Report on vaccination in the Province of Bengal - 1869-1873
Year: 1869
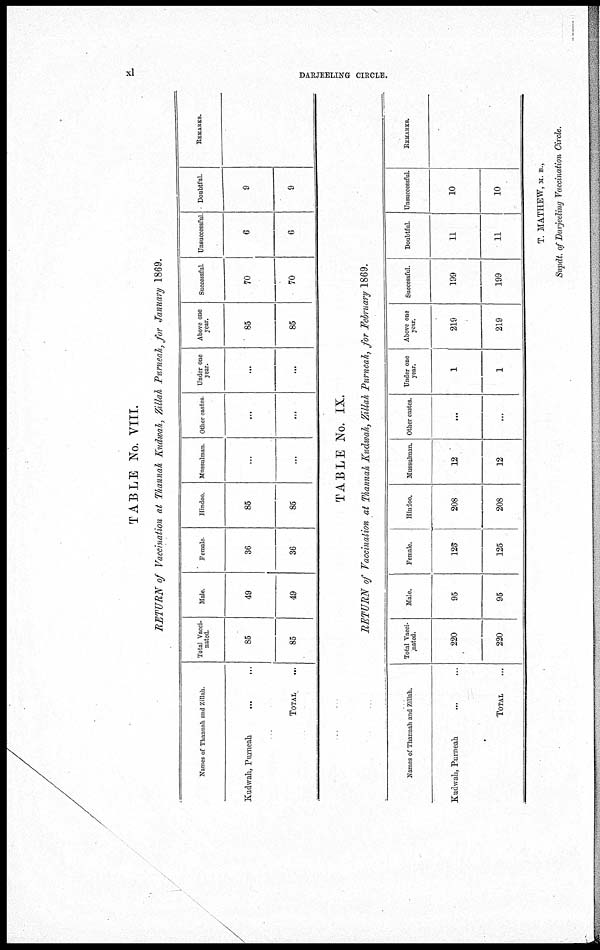
xl
DARJEELING CIRCLE.
TABLE No. VIII.
RETURN of Vaccination at Thannah Kudwah, Zillah Purneah, for January 1869.
Names of Thannah and Zillah.
Kudwah, Purneah
... ...
TOTAL ...
Total Vacci-
nated.
85
85
Male.
49
49
Female
36
36
Hindoo.
85
85
Mussulman.
...
...
Other castes
...
...
Under one
year.
...
...
Above one
year.
85
85
Successful.
70
70
Unsuccessful
6
6
Doubtful.
9
9
REMARKS.
TABLE No. IX.
RETURN of Vaccination at Thannah Kudwah, Zillah Purneah, for February 1869.
Names of Thannah and Zillah.
Kudwah, Purneah ... ...
TOTAL ...
Total Vacci-
nated.
220
220
Male.
95
95
Female.
125
125
Hindoo.
208
208
Mussulman.
12
12
Other castes.
...
...
Under one
year.
1
1
Above one
year.
219
219
Successful.
199
199
Doubtful.
11
11
Unsuccessful.
10
10
REMARKS.
T. MATHEW, M. B.,
Supdt. ofDarjeeling Vaccination Circle.